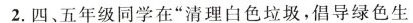
2.四、五年级同学在”清理白色垃圾，倡导绿色生